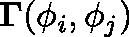
\mathbf { \Gamma } ( \phi _ { i } , \phi _ { j } )